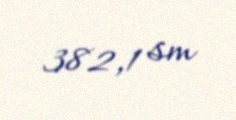
382,1 sm